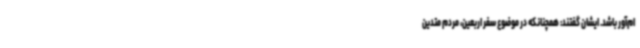
ام‌آور باشد. ایشان گفتند: همچنانکه در موضوع سفر اربعین، مردم متدین